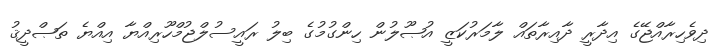
ދިވެހިރާއްޖޭގެ އިދާރީ ދާއިރާތައް ލާމަރުކަޒީ އުޞޫލުން ހިންގުމުގެ ބިލު ރައީސުލްޖުމްހޫރިއްޔާ އިއްޔެ ތަޞްދީޤު